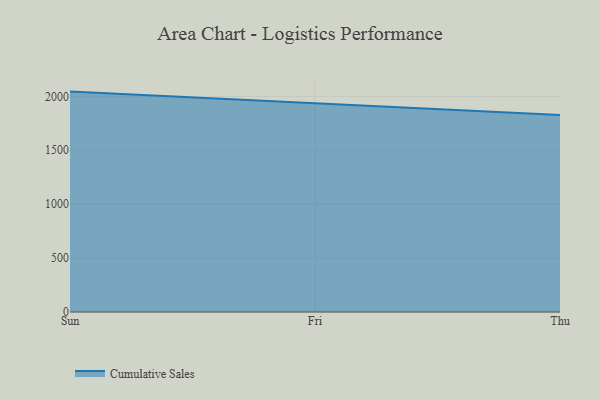
{"axis": {"x": "Day", "y": "Satisfaction Score"}, "legend": ["Cumulative Sales"], "data": [{"x": "Sun", "y": 2043.9, "type": "Cumulative Sales"}, {"x": "Fri", "y": 1931.9, "type": "Cumulative Sales"}, {"x": "Thu", "y": 1826.2, "type": "Cumulative Sales"}]}